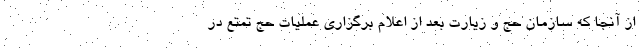
از آنجا که سازمان حج و زیارت بعد از اعلام برگزاری عملیات حج تمتع در